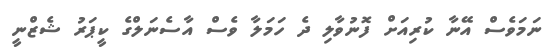
ނަމަވެސް އޭނާ ކުރިއަށް ފޮނުވާލި ދެ ހަމަލާ ވެސް އާސެނަލްގެ ކީޕަރު ޝެޒްނީ